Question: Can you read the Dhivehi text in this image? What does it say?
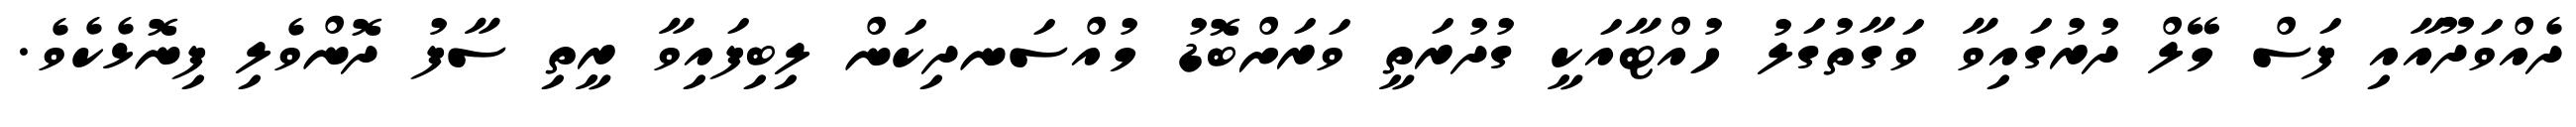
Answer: ދެއްވަދޫއާއި ފަސް މޭލް ދުރުގައިވާ ވަގާތުގަލު ހުއްޓާއަކީ ގުދުރަތީ ވަރަށްބޮޑު މުއްސަނދިކަން ލިބިފައިވާ ރީތި ސާފު ދޮންވެލި ފިނޮޅެކެވެ.